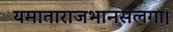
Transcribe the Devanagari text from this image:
यमाताराजभानसलगा।